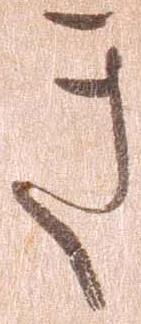
き